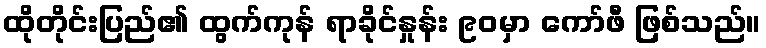
ထိုတိုင်းပြည်၏ ထွက်ကုန် ရာခိုင်နှုန်း ၉၀မှာ ကော်ဖီ ဖြစ်သည်။